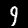
Label: 9